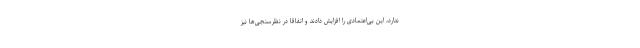
ندارد، این بی‌اعتمادی را افزایش دادند و اتفاقاً در نظرسنجی‌ها نیز